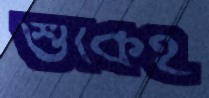
শুঁকেই